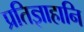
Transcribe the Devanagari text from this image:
प्रतिज्ञाहानि